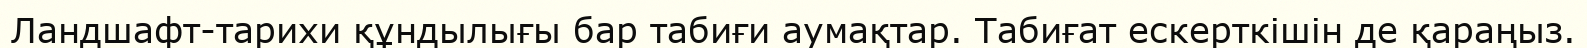
Ландшафт-тарихи құндылығы бар табиғи аумақтар. Табиғат ескерткішін де қараңыз.